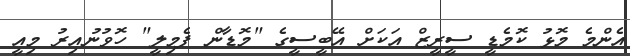
އެންމެ މޮޅު ކޮމެޑީ ސީރީޒް އަކަށް އޭބީސީގެ "މޮޑާން ފެމިލީ" ހޮވުނުއިރު މިއީ